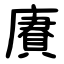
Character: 賡